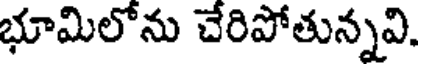
భూమిలోను చేరిపోతున్నవి.